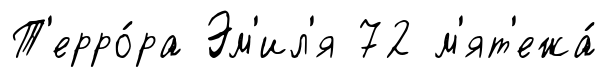
Т'ерро́ра Эм'ил'я 72 м'ят'ежа́